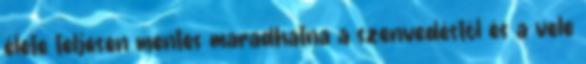
élete teljesen mentes maradhatna a szenvedéstől és a vele